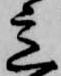
意